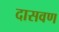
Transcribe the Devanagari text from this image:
दासवण